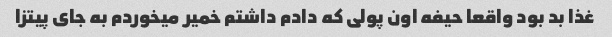
غذا بد بود واقعا حیفه اون پولی که دادم داشتم خمیر میخوردم به جای پیتزا